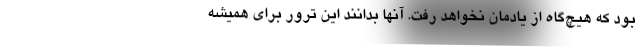
بود که هیچ‌گاه از یادمان نخواهد رفت. آنها بدانند این ترور برای همیشه